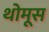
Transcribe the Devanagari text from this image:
थोमूस